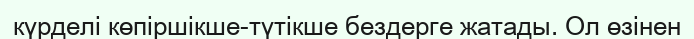
күрделі көпіршікше-түтікше бездерге жатады. Ол өзінен